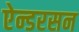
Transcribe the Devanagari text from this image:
ऐन्डरसन